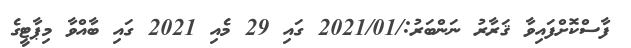
ފާސްކޮށްފައިވާ ޤަރާރު ނަންބަރު:/2021/01 ގައި 29 މެއި 2021 ގައި ބާއްވާ މިޕާޓީގެ